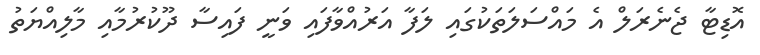
އޮޑިޓާ ޖެނެރަލް އެ މައްސަލަތަކުގައި ލަފާ އަރުއްވާފައި ވަނީ ފައިސާ ދޫކުރުމާއި މާލިއްޔަތު